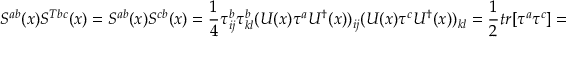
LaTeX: S ^ { a b } ( x ) S ^ { T b c } ( x ) = S ^ { a b } ( x ) S ^ { c b } ( x ) = \frac { 1 } { 4 } \tau _ { i j } ^ { b } \tau _ { k l } ^ { b } ( U ( x ) \tau ^ { a } U ^ { \dagger } ( x ) ) _ { i j } ( U ( x ) \tau ^ { c } U ^ { \dagger } ( x ) ) _ { k l } = \frac { 1 } { 2 } t r [ \tau ^ { a } \tau ^ { c } ] = \delta ^ { a c }